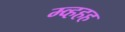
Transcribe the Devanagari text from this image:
म्व्हहह